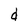
Character: d